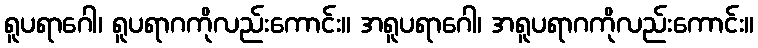
ရူပရာဂေါ၊ ရူပရာဂကိုလည်းကောင်း။ အရူပရာဂေါ၊ အရူပရာဂကိုလည်းကောင်း။